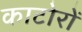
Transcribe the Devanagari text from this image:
काटोरों